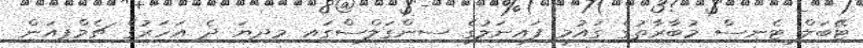
ޓޭބަލް ޓެނިސް މުބާރާތުގެ ގައުމީ ފައިނަލުގެ ސިންގަލްސްގައި މިދިޔަ ދެ އަހަރުގެ ޗެމްޕިއަން